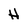
Character: H